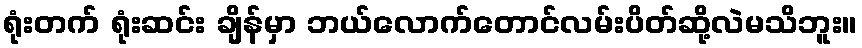
ရုံးတက် ရုံးဆင်း ချိန်မှာ ဘယ်လောက်တောင်လမ်းပိတ်ဆို့လဲမသိဘူး။